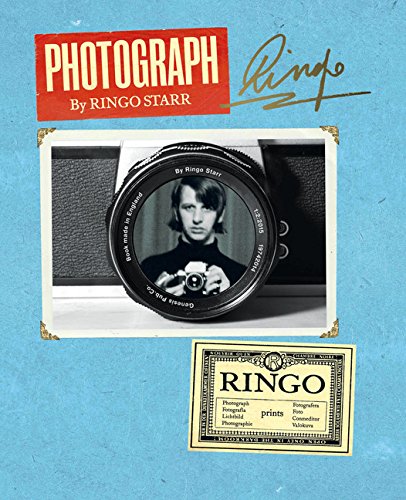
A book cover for Photograph; Ringo Starr; Humor & Entertainment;